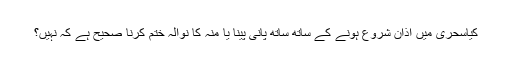
کیاسحری میں اذان شروع ہونے کے ساتھ ساتھ پانی پینا یا منہ کا نوالہ ختم کرنا صحیح ہے کہ نہیں؟